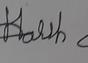
Signature authenticity: forged